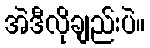
အဲဒီလိုချည်းပဲ။